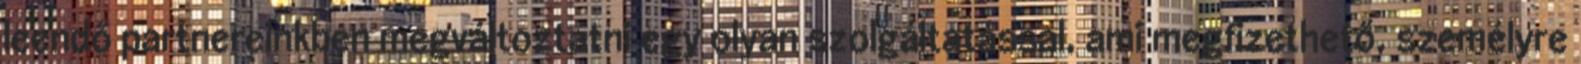
leendő partnereinkben megváltoztatni egy olyan szolgáltatással, ami megfizethető, személyre